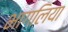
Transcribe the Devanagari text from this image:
भागलिया